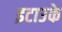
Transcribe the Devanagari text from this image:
इटाउके